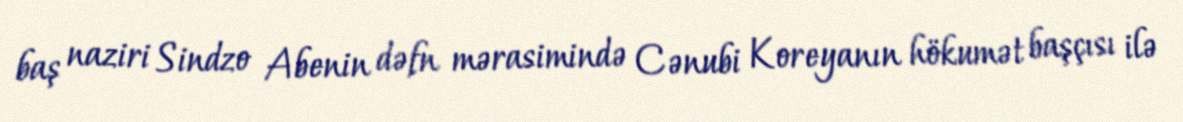
baş naziri Sindzo Abenin dəfn mərasimində Cənubi Koreyanın hökumət başçısı ilə